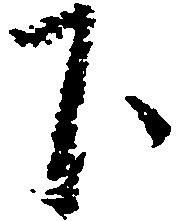
下